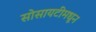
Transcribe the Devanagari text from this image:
सोसायटीमधून